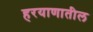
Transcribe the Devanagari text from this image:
हरयाणातील